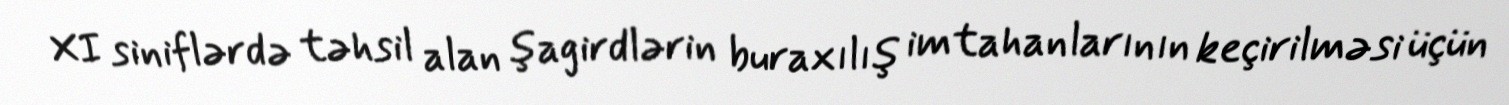
XI siniflərdə təhsil alan şagirdlərin buraxılış imtahanlarının keçirilməsi üçün